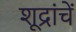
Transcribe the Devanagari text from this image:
शूद्रांचें